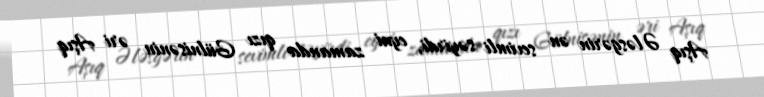
Aşıq Ələsgərin ən sevimli səyirdi, eyni zamanda qızı Gülnisənin əri Aşıq